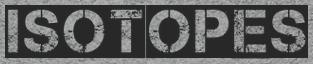
ISOTOPES